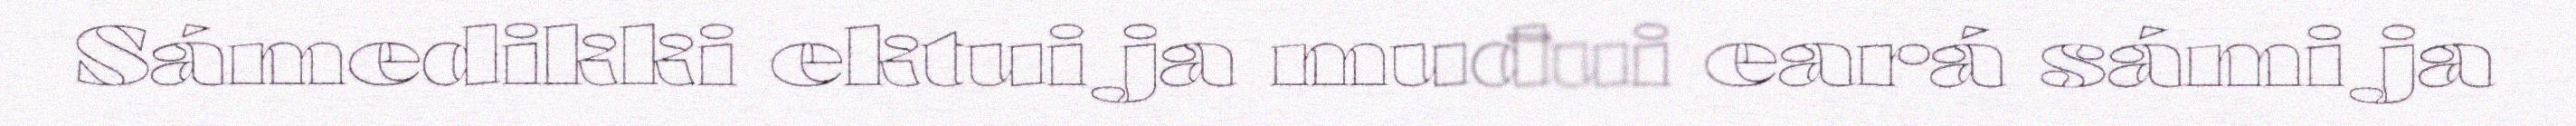
Sámedikki ektui ja muđui eará sámi ja